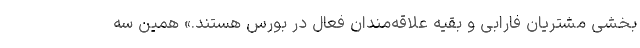
بخشی مشتریان فارابی و بقیه علاقه‌مندان فعال در بورس هستند.» همین سه